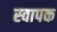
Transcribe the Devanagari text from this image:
स्‍वापक